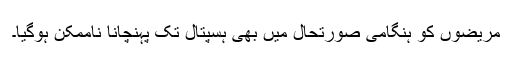
مریضوں کو ہنگامی صورتحال میں بھی ہسپتال تک پہنچانا ناممکن ہوگیا۔